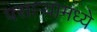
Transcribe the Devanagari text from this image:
पसार्‍यामध्ये